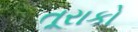
તૂરાકો